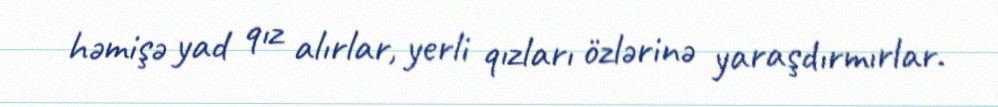
həmişə yad qız alırlar, yerli qızları özlərinə yaraşdırmırlar.